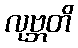
လုဗ္ဘတိ